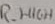
Text: R_HIGH